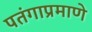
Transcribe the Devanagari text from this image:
पतंगाप्रमाणे